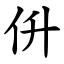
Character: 㐼